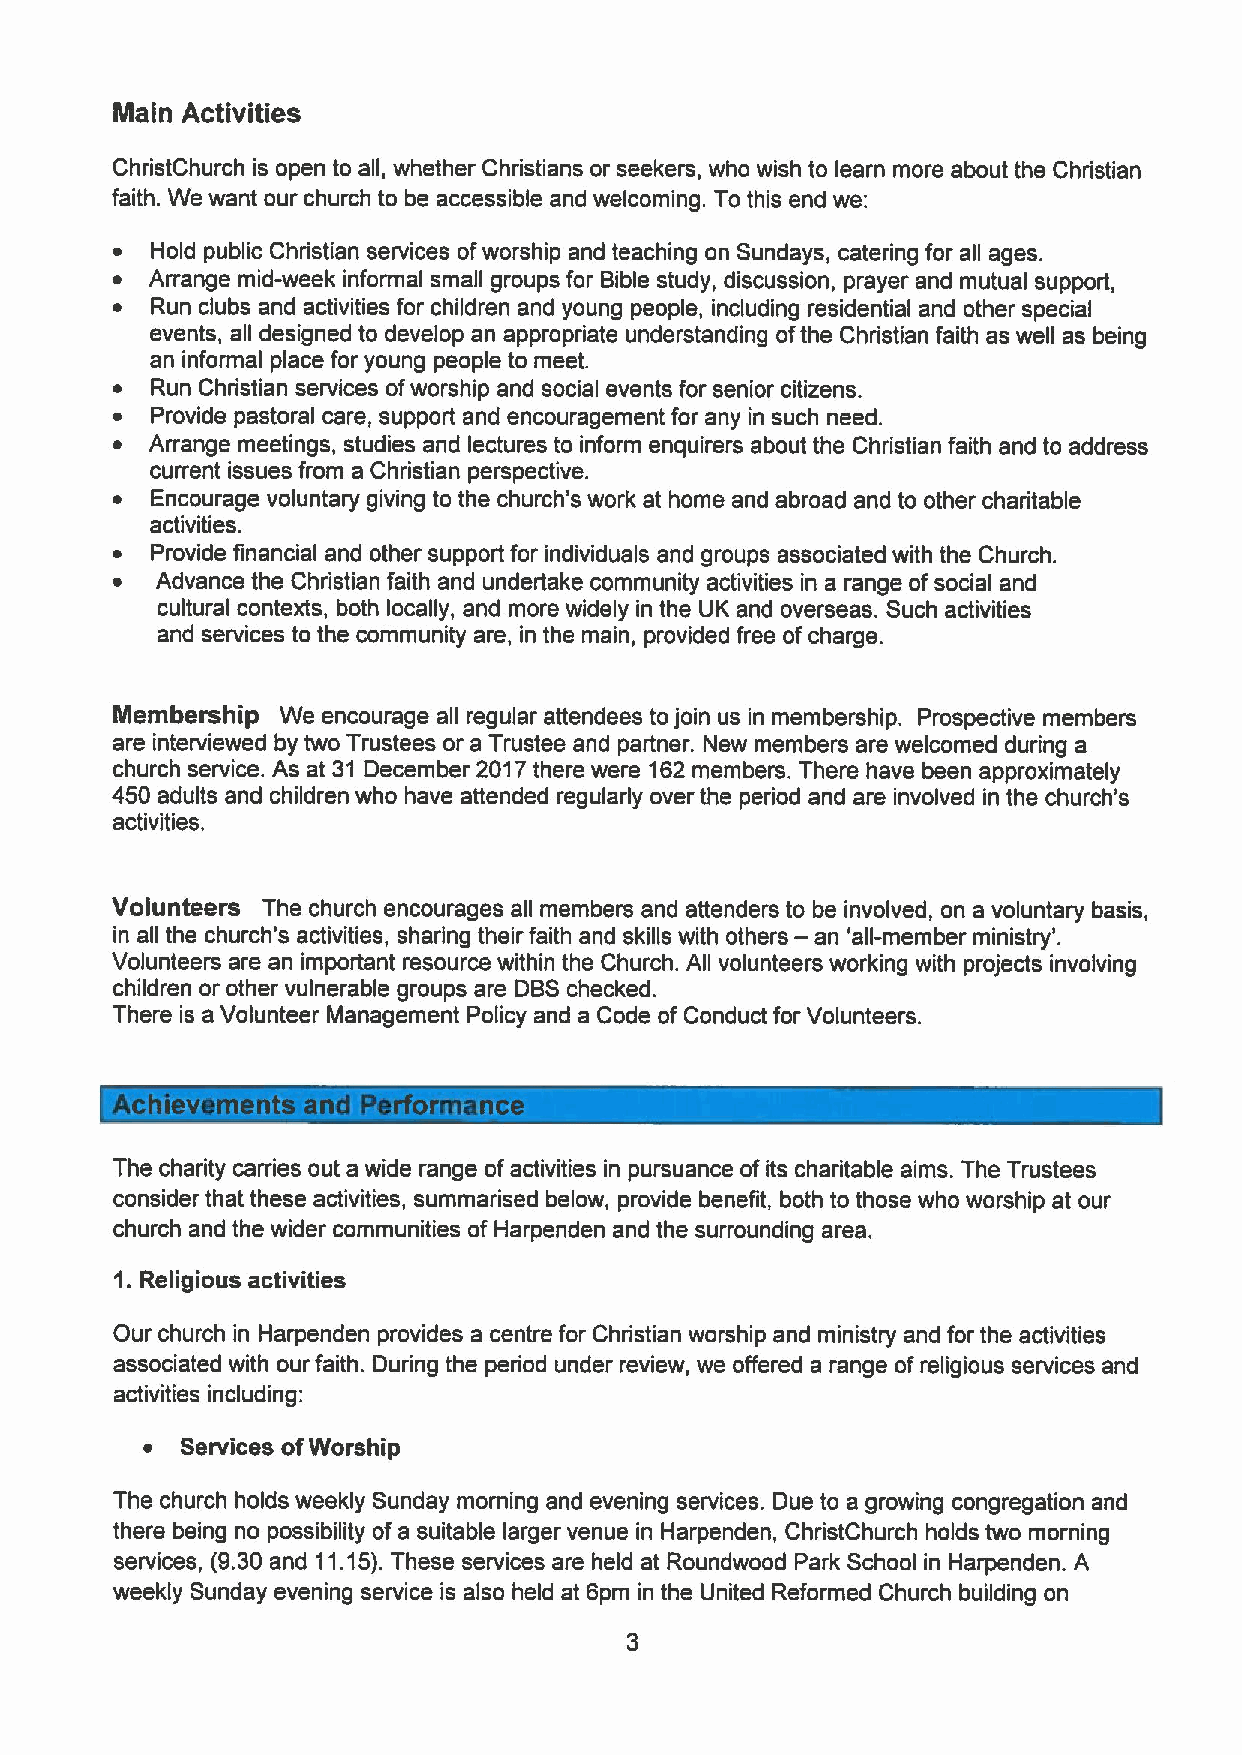
Main Activities
 ChristChurch is open to all, whether Christians or seekers, who wish to learn more about the Christian
 faith. We want our church to be accessible and welcoming. To this end we:
 ~  Hold public Christian services ofworship and teaching on Sundays, catering for all ages.
 ~  Arrange mid-week informal small groups for Bible study, discussion, prayer and mutual support,
 ~  Run clubs and activities for children and young people, including residential and other special
 events, all designed to develop an appropriate understanding ofthe Christian faith as well as being
 an informal place for young people to meet.
 ~  Run Christian services ofworship and social events for senior citizens.
 ~  Provide pastoral care, support and encouragement for any in such need.
 ~  Arrange meetings, studies and lectures to inform enquirers about the Christian faith and to address
 current issues from a Christian perspective.
 ~  Encourage voluntary giving to the church's work at home and abroad and to other charitable
 activities.
 ~  Provide financial and other support for individuals and groups associated with the Church.
 ~  Advance the Christian faith and undertake community activities in a range ofsocial and
 cultural contexts, both locally, and more widely in the UK and overseas. Such activities
 and services to the community are, in the main, provided free ofcharge.
 Membership  We encourage all regular attendees tojoin us in membership. Prospective members
 are interviewed by two Trustees or a Trustee and partner. New members are welcomed during a
 church service. As at 31 December 2017there were 162members. There have been approximately
 450 adults and children who have attended regularly over the period and are involved in the church's
 activities.
 Volunteers The church encourages all members and attenders to be involved, on a voluntary basis,
 in all the church's activities, sharing their faith and skills with others — an 'all-member ministry'.
 Volunteers are an important resource within the Church. All volunteers working with projects involving
 children or other vulnerable groups are DBSchecked.
 There is a Volunteer Management Policy and a Code of Conduct for Volunteers.
 The charity carries out a wide range ofactivities in pursuance ofits charitable aims. The Trustees
 consider that these activities, summarised below, provide benefit, both to those who worship at our
 church and the wider communities of Harpenden and the surrounding area.
 1.Religious activities
 Our church in Harpenden provides a centre for Christian worship and ministry and for the activities
 associated with our faith. During the period under review, we offered a range ofreligious services and
 activities including:
 ~  Services ofWorship
 The church holds weekly Sunday morning and evening services. Due to a growing congregation and
 there being no possibility of a suitable larger venue in Harpenden, ChristChurch holds two morning
 services, (9.30 and 11.15).These services are held at Roundwood Park School in Harpenden. A
 weekly Sunday evening service is also held at 6pm in the United Reformed Church building on